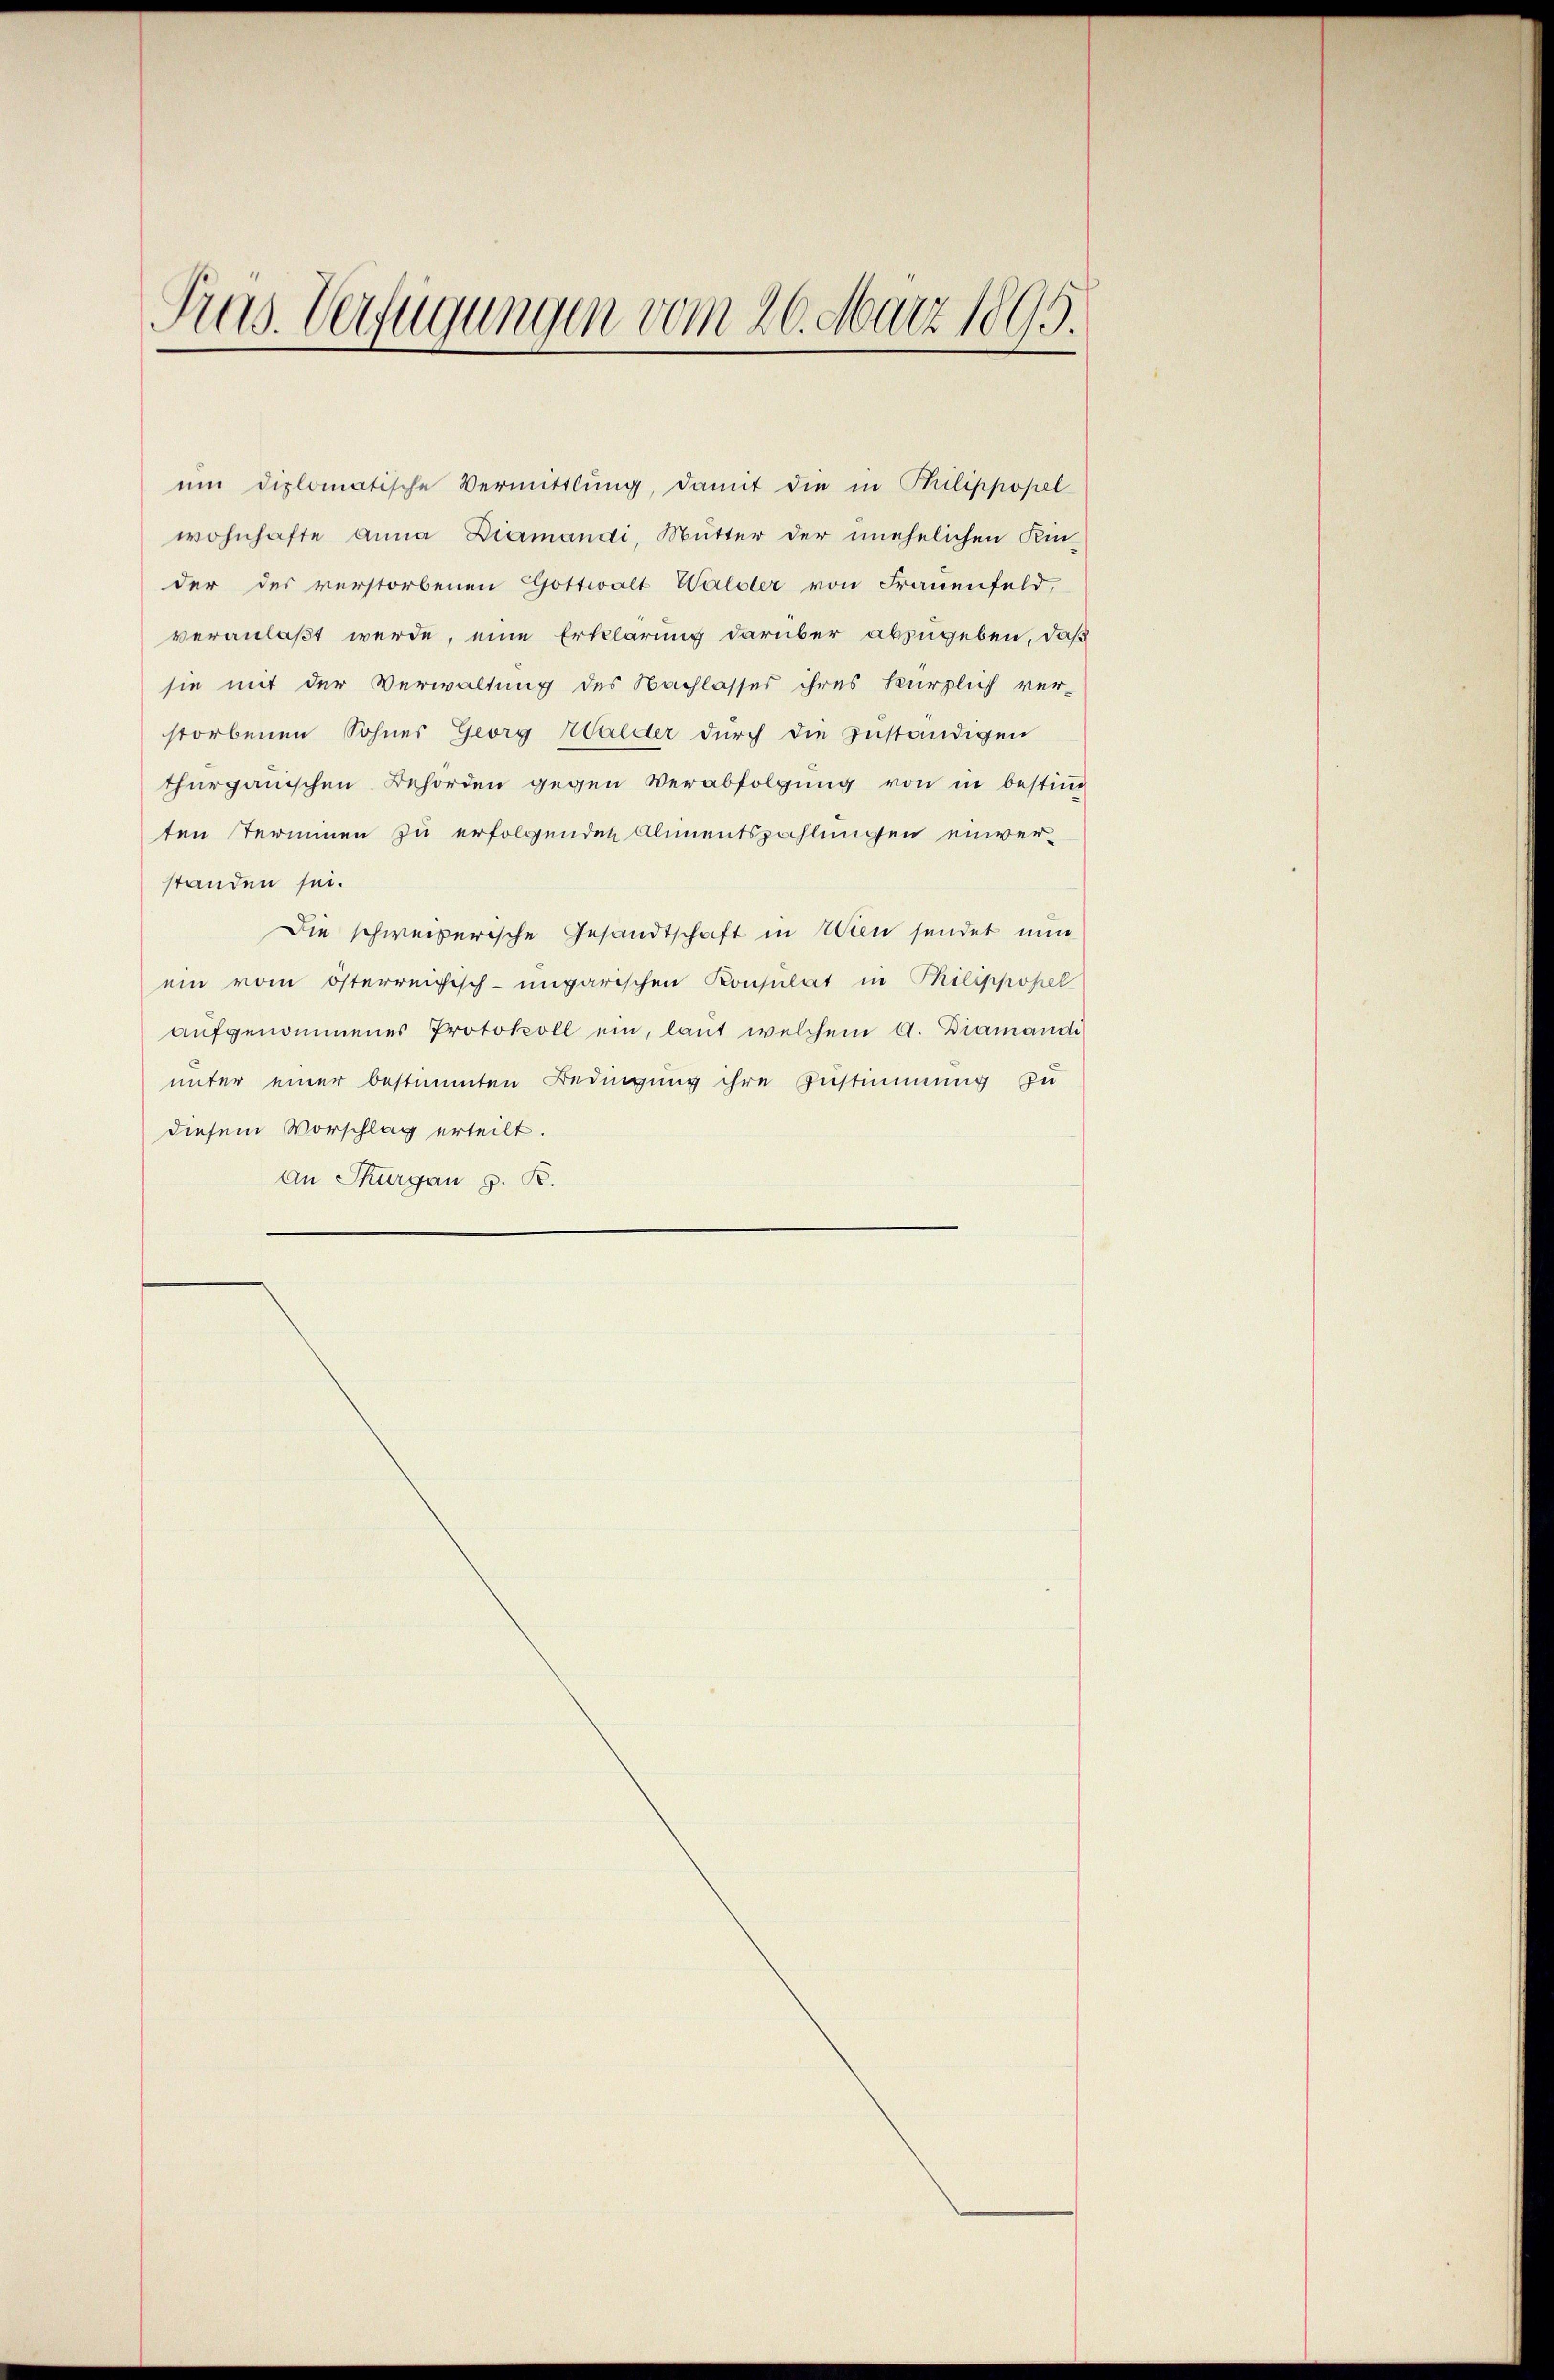
Pras. Verfügungen vom 26. März 1895.

um diplomatische Vermittlung, damit die in Philippopel
wohnhafte Anna Diamandi, Mutter der unehelichen Kin-
der des verstorbenen Gottwalt Walder von Frauenfeld,
veranlaßt werde, eine Erklärung darüber abzugeben, daß
sie mit der Verwaltung des Nachlasses ihres kürzlich ver-
storbenen Sohnes Georg Walder dŭrch die Zuständigen
thurgauischen Behörden gegen Verabfolgŭng von in bestim-
ten Terminen zu erfolgenden Alimentszahlungen einverstanden sei.
Die schweizerische Gesandtschaft in Wien sendet nun
ein vom österreichisch-ungarischen Konsulat in Philippopel
aŭfgenommenes Protokoll ein, laut welchem a. Diamandi
unter einer bestimmten Bedingung ihre Zustimmung zu
diesem Vorschlag erteilt.
An Thurgau z. R.